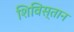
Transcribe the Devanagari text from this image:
शिविस्तान